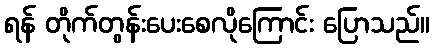
ရန် တိုက်တွန်းပေးစေလိုကြောင်း ပြောသည်။